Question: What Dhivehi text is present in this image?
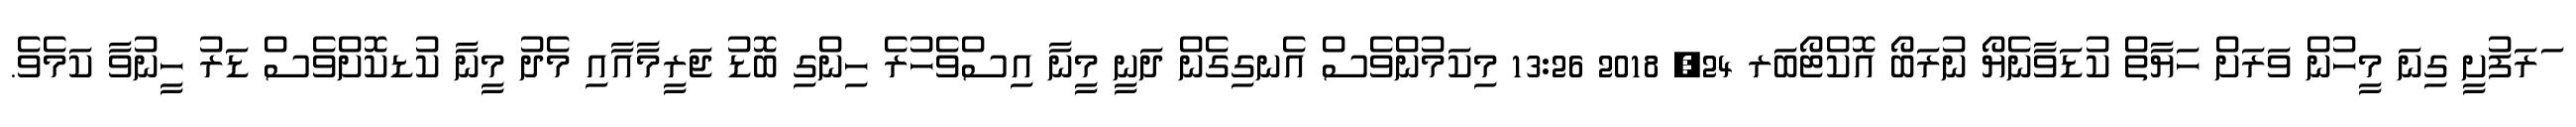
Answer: ަރަފުށީ ގިނަ މީހުން ވަރަށް ހަޔާތް ކުޑަވާނެޔޯ ނުރަބޯ އޮކްޓޯބަރ 24, 2018 13:26 މިކަމުންވެސް އެނގިގެން ދަނީ މީނާ އިސްވެހުރެ ހިންގި ބޮޑު ޖަރީމާއާއި މެދު މީނާ ކުޑކޮށްވެސް ޑަރު ހީނުވާ ކަމެވެ.